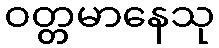
ဝတ္တမာနေသု